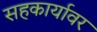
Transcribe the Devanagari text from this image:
सहकार्यावर